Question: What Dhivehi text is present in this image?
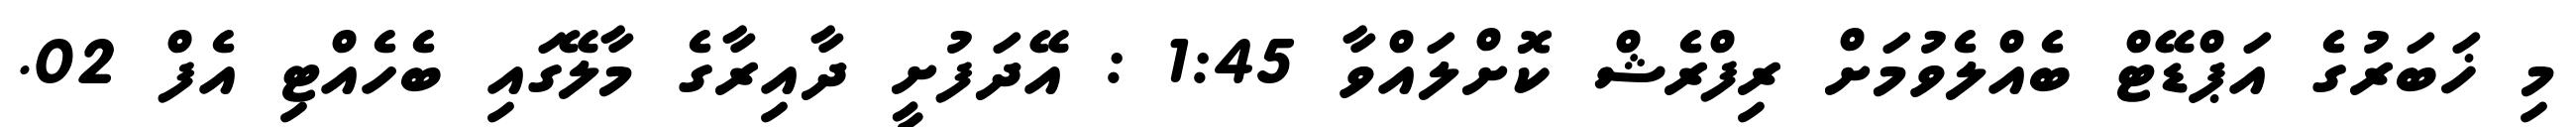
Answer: މި ޚަބަރުގެ އަޕްޑޭޓް ބެއްލެވުމަށް ރިފްރެޝް ކޮށްލައްވާ 1:45 : އޭދަފުށީ ދާއިރާގެ މާލޭގައި ބެހެއްޓި އެފް 02.